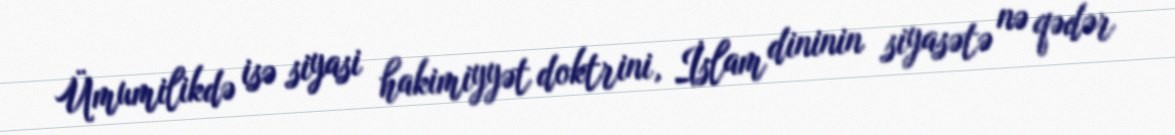
Ümumilikdə isə siyasi hakimiyyət doktrini, İslam dininin siyasətə nə qədər